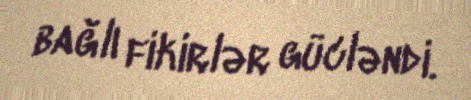
bağlı fikirlər gücləndi.